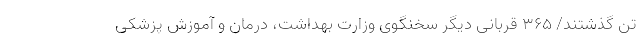
تَن گذشتند/ ۳۶۵ قربانی دیگر سخنگوی وزارت بهداشت، درمان و آموزش پزشکی